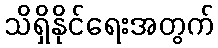
သိရှိနိုင်ရေးအတွက်